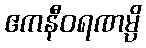
ဧကနီဝရဏမ္ပိ